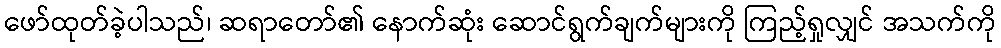
ဖော်ထုတ်ခဲ့ပါသည်၊ ဆရာတော်၏ နောက်ဆုံး ဆောင်ရွက်ချက်များကို ကြည့်ရှုလျှင် အသက်ကို